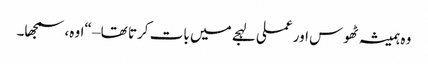
وہ ہمیشہ ٹھوس اور عملی لہجے میں بات کرتا تھا – “اوہ، سمجھا۔